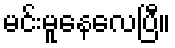
မင်းမူနေလေပြီ။